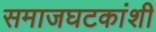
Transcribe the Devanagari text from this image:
समाजघटकांशी